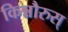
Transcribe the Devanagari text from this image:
किन्नौरुस्